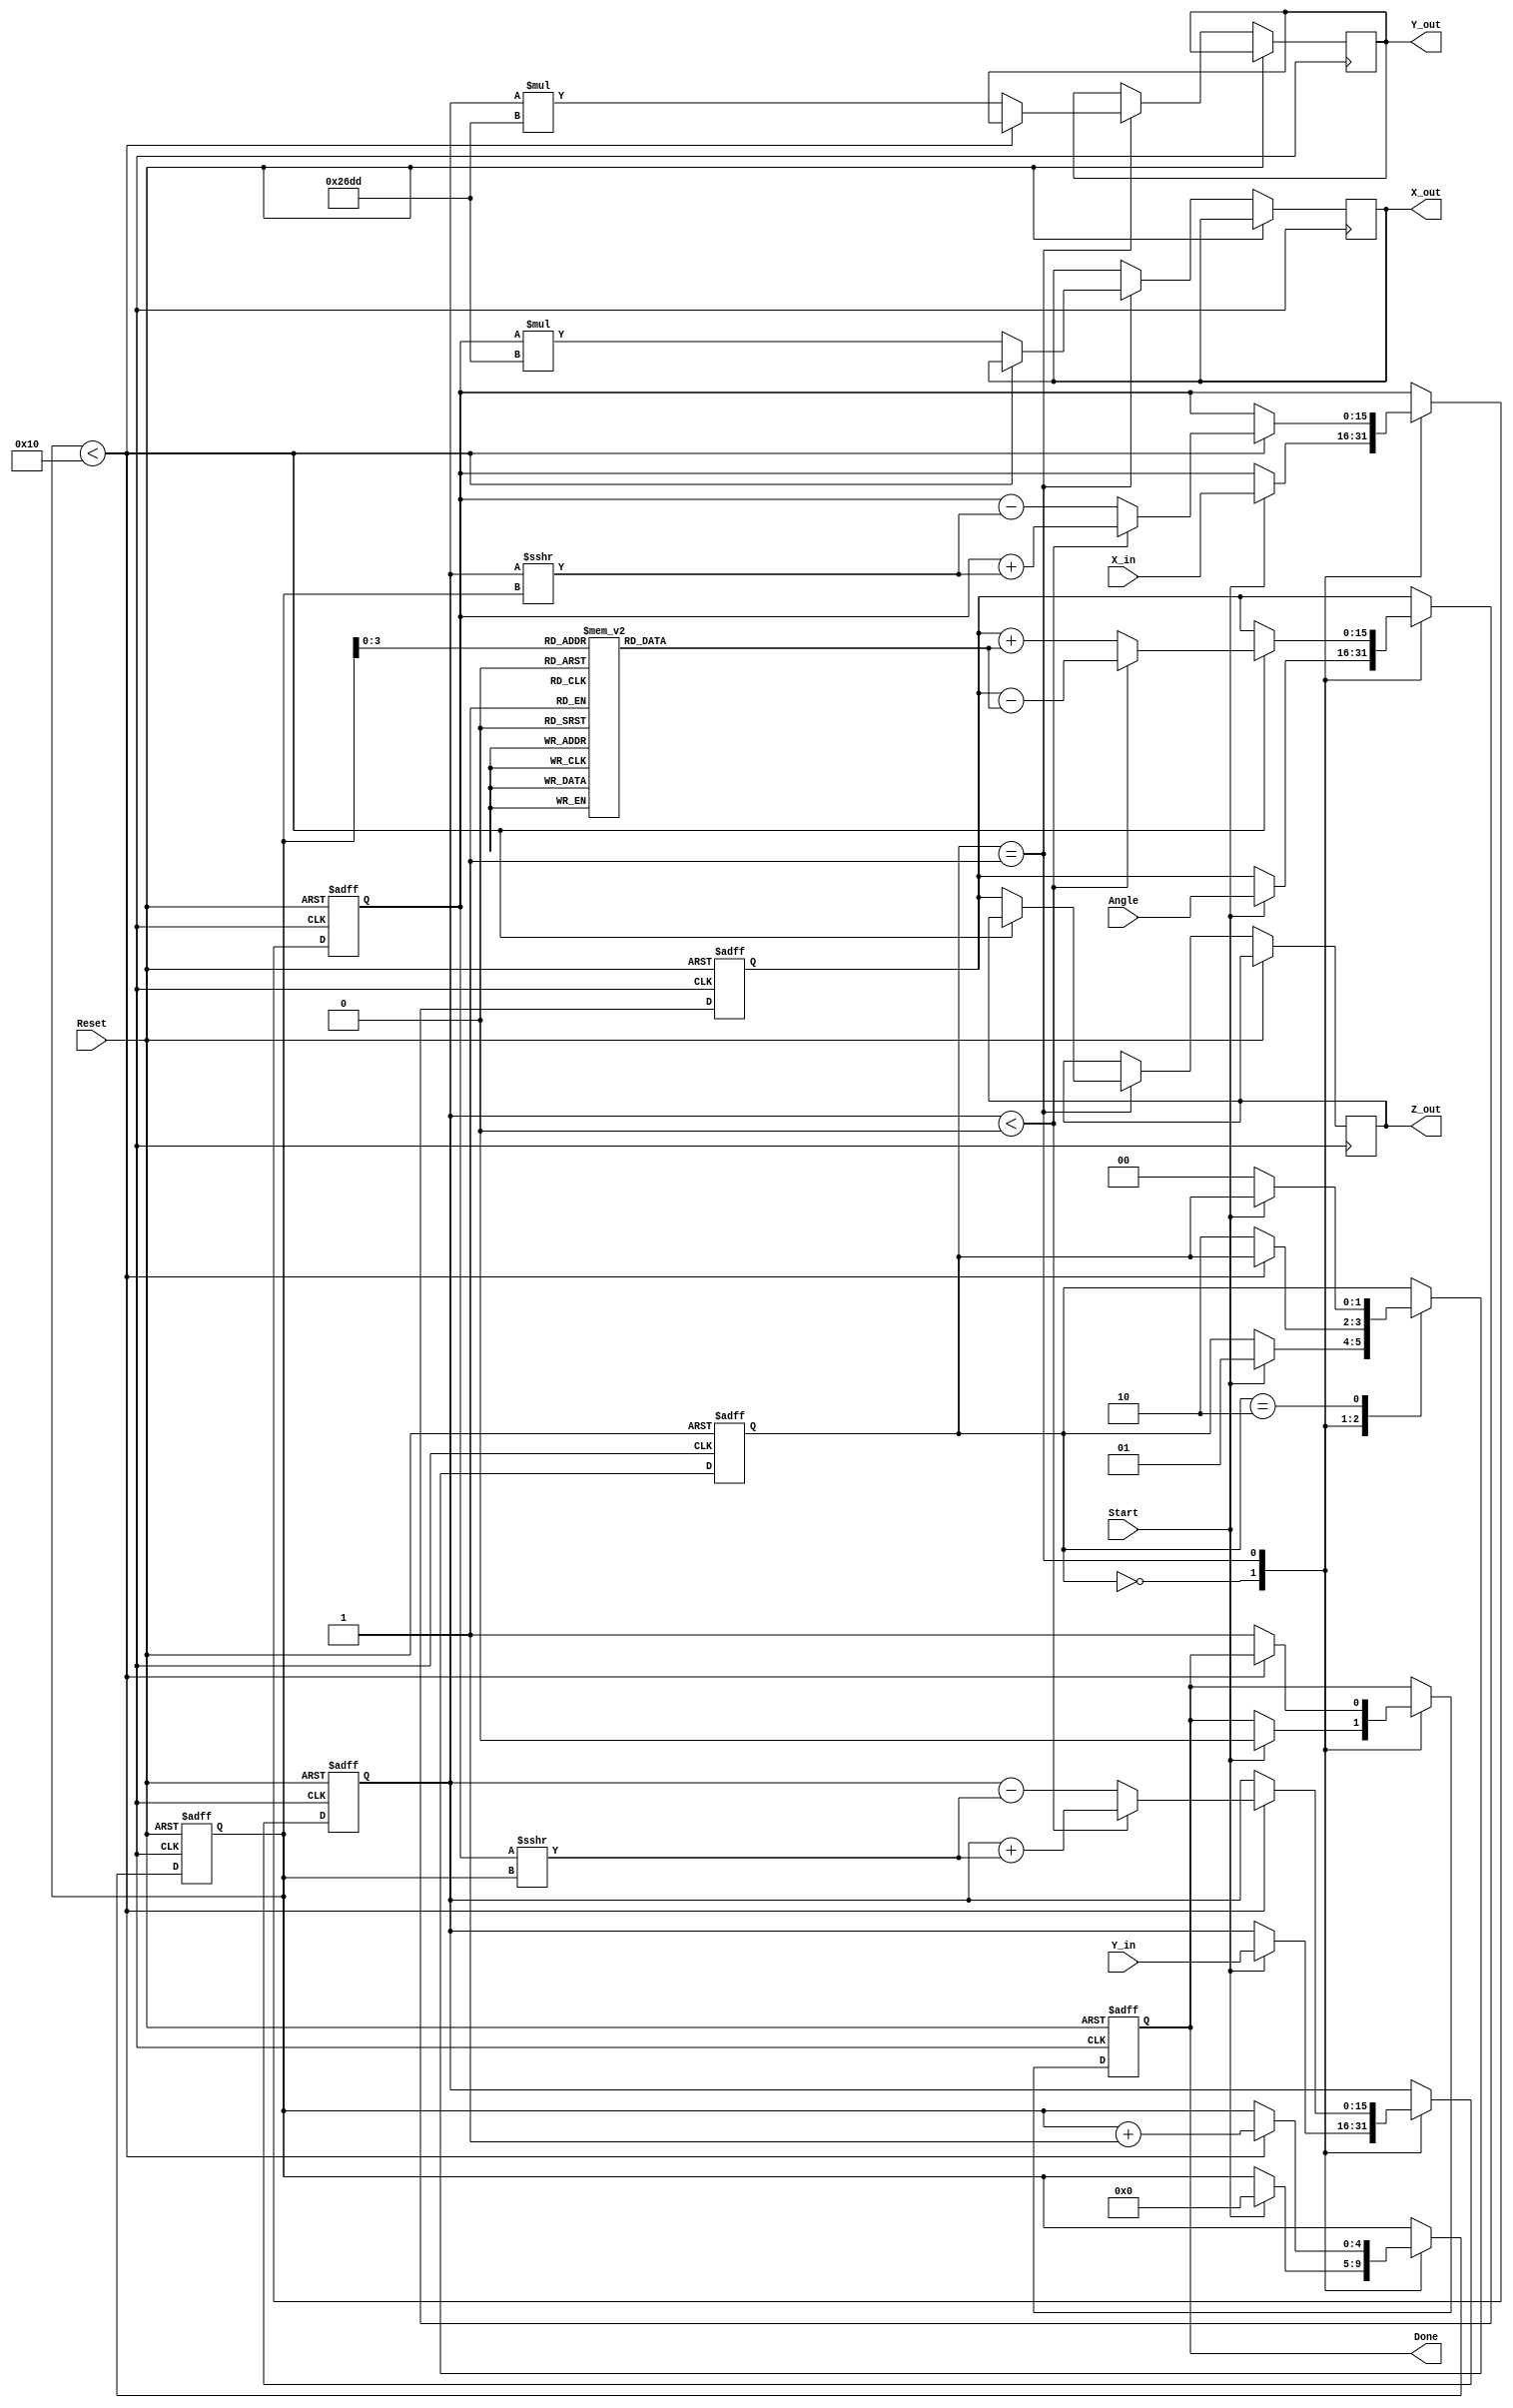
module vectoring_cordic #(
    parameter N = 16,                // Number of iterations
    parameter WIDTH = 16,            // Width of fixed-point representation
    parameter ANGLE_WIDTH = 16       // Width for angle representation
)(
    input  wire [WIDTH-1:0] X_in,    // Input X-coordinate
    input  wire [WIDTH-1:0] Y_in,    // Input Y-coordinate
    input  wire [ANGLE_WIDTH-1:0] Angle, // Initial angle
    input  wire Start,                // Start signal
    input  wire Reset,                // Asynchronous reset
    output reg [WIDTH-1:0] X_out,     // Output X-coordinate
    output reg [WIDTH-1:0] Y_out,     // Output Y-coordinate
    output reg [ANGLE_WIDTH-1:0] Z_out, // Output angle
    output reg Done                   // Done signal
);

    // CORDIC gain constant
    localparam [ANGLE_WIDTH-1:0] K = 16'h26DD; // Approximation of 1/sqrt(2)

    // CORDIC angle lookup table
    reg [ANGLE_WIDTH-1:0] atan_table [0:N-1];
    initial begin
        // Precomputed atan(2^-i) values
        atan_table[0] = 16'h2000; // atan(1) = 45 degrees
        atan_table[1] = 16'h1000; // atan(0.5) = 26.565 degrees
        atan_table[2] = 16'h0800; // atan(0.25) = 14.036 degrees
        // ... Fill in the rest of the table
        atan_table[N-1] = 16'h0001; // atan(2^-N)
    end

    // Internal registers
    reg [WIDTH-1:0] x_reg, y_reg;
    reg [ANGLE_WIDTH-1:0] z_reg;
    reg [4:0] iteration; // Counter for iterations
    reg [1:0] state;     // FSM state

    // State encoding
    localparam IDLE = 2'b00;
    localparam RUN  = 2'b01;
    localparam DONE = 2'b10;

    // Sequential logic for state machine and processing
    always @(posedge clk or posedge Reset) begin
        if (Reset) begin
            // Reset all registers
            x_reg <= 0;
            y_reg <= 0;
            z_reg <= 0;
            iteration <= 0;
            state <= IDLE;
            Done <= 0;
        end else begin
            case (state)
                IDLE: begin
                    if (Start) begin
                        // Initialize registers
                        x_reg <= X_in;
                        y_reg <= Y_in;
                        z_reg <= Angle;
                        iteration <= 0;
                        Done <= 0;
                        state <= RUN;
                    end
                end
                RUN: begin
                    if (iteration < N) begin
                        // CORDIC rotation logic
                        if (y_reg < 0) begin
                            x_reg <= x_reg + (y_reg >>> iteration);
                            y_reg <= y_reg + (x_reg >>> iteration);
                            z_reg <= z_reg - atan_table[iteration];
                        end else begin
                            x_reg <= x_reg - (y_reg >>> iteration);
                            y_reg <= y_reg - (x_reg >>> iteration);
                            z_reg <= z_reg + atan_table[iteration];
                        end
                        iteration <= iteration + 1;
                    end else begin
                        // Finished all iterations
                        X_out <= x_reg * K; // Apply gain
                        Y_out <= y_reg * K; // Apply gain
                        Z_out <= z_reg;
                        Done <= 1;
                        state <= DONE;
                    end
                end
                DONE: begin
                    if (!Start) begin
                        state <= IDLE; // Go back to IDLE state
                    end
                end
            endcase
        end
    end

endmodule